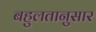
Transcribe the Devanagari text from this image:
बहुलतानुसार